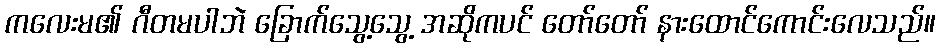
ကလေးမ၏ ဂီတမပါဘဲ ခြောက်သွေ့သွေ့ အဆိုကပင် တော်တော် နားထောင်ကောင်းလေသည်။